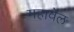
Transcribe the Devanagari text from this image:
महावेल